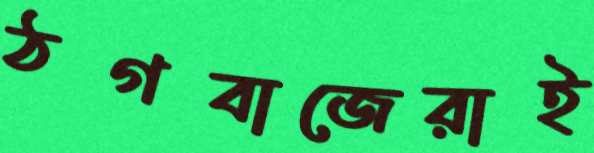
ঠগবাজেরাই